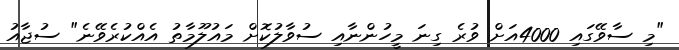
"މި ސާވޭގައި 4000އަށް ވުރެ ގިނަ މީހުންނާއި ސުވާލުކޮށް މައުލޫމާތު އެއްކުރެވޭނެ" ސުޖާއު